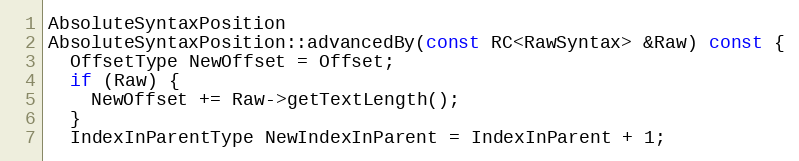
Language: C++
AbsoluteSyntaxPosition
AbsoluteSyntaxPosition::advancedBy(const RC<RawSyntax> &Raw) const {
  OffsetType NewOffset = Offset;
  if (Raw) {
    NewOffset += Raw->getTextLength();
  }
  IndexInParentType NewIndexInParent = IndexInParent + 1;